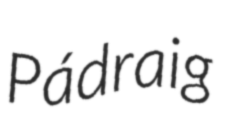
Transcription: Pádraig